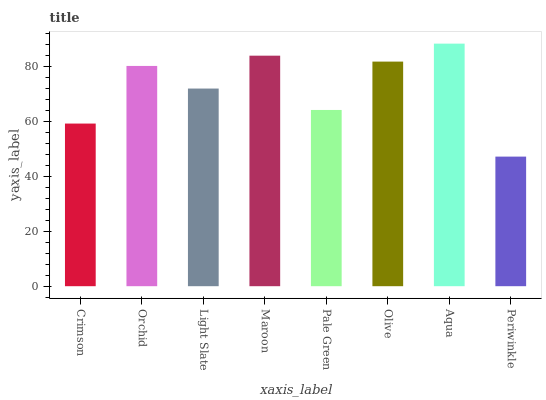
| xaxis_label | bars |
 | --- | --- |
 | Crimson | 59.2 |
 | Orchid | 80.2 |
 | Light Slate | 72 |
 | Maroon | 83.9 |
 | Pale Green | 64.2 |
 | Olive | 81.8 |
 | Aqua | 88.3 |
 | Periwinkle | 47.2 |